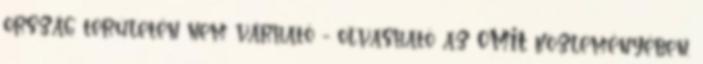
ország területén nem várható - olvasható az OMIT közleményében.